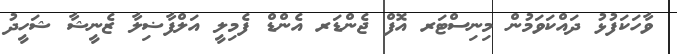
ވާހަކަފުޅު ދައްކަވަމުން މިނިސްޓަރ އޮފް ޖެންޑަރ އެންޑް ފެމިލީ އަލްފާޟިލާ ޒެނީޝާ ޝަހީދު